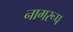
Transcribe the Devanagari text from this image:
नागरूप